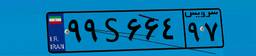
۹۷S۳۵۶۴۴